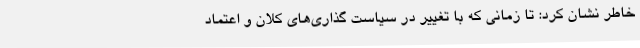
خاطر نشان کرد: تا زمانی که با تغییر در سیاست گذاری‌های کلان و اعتماد